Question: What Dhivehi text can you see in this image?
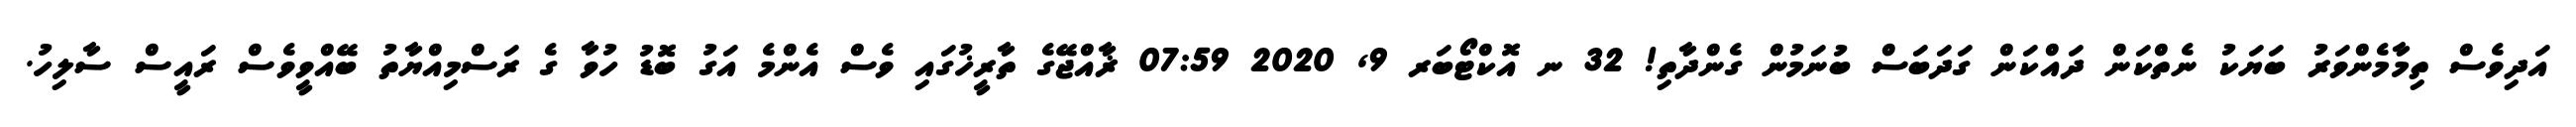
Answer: އަދިވެސް ތިމާމެންވަރު ބަޔަކު ނެތްކަން ދައްކަން ގަދަބަސް ބުނަމުން ގެންދާތި! 32 ނ އޮކްޓޯބަރ 9, 2020 07:59 ޜާއްޖޭގެ ތާރީޚުގައި ވެސް އެންމެ އަގު ބޮޑު ހުވާ ގެ ރަސްމިއްޔާތު ބޭއްވީވެސް ރައީސް ސާލިހު.